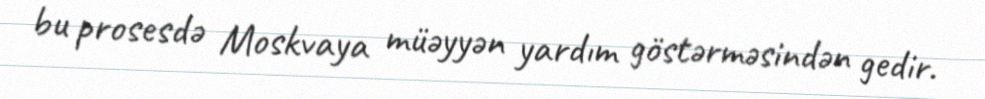
bu prosesdə Moskvaya müəyyən yardım göstərməsindən gedir.